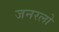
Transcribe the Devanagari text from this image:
जनरलो